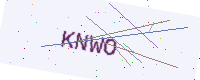
Text: KNWO